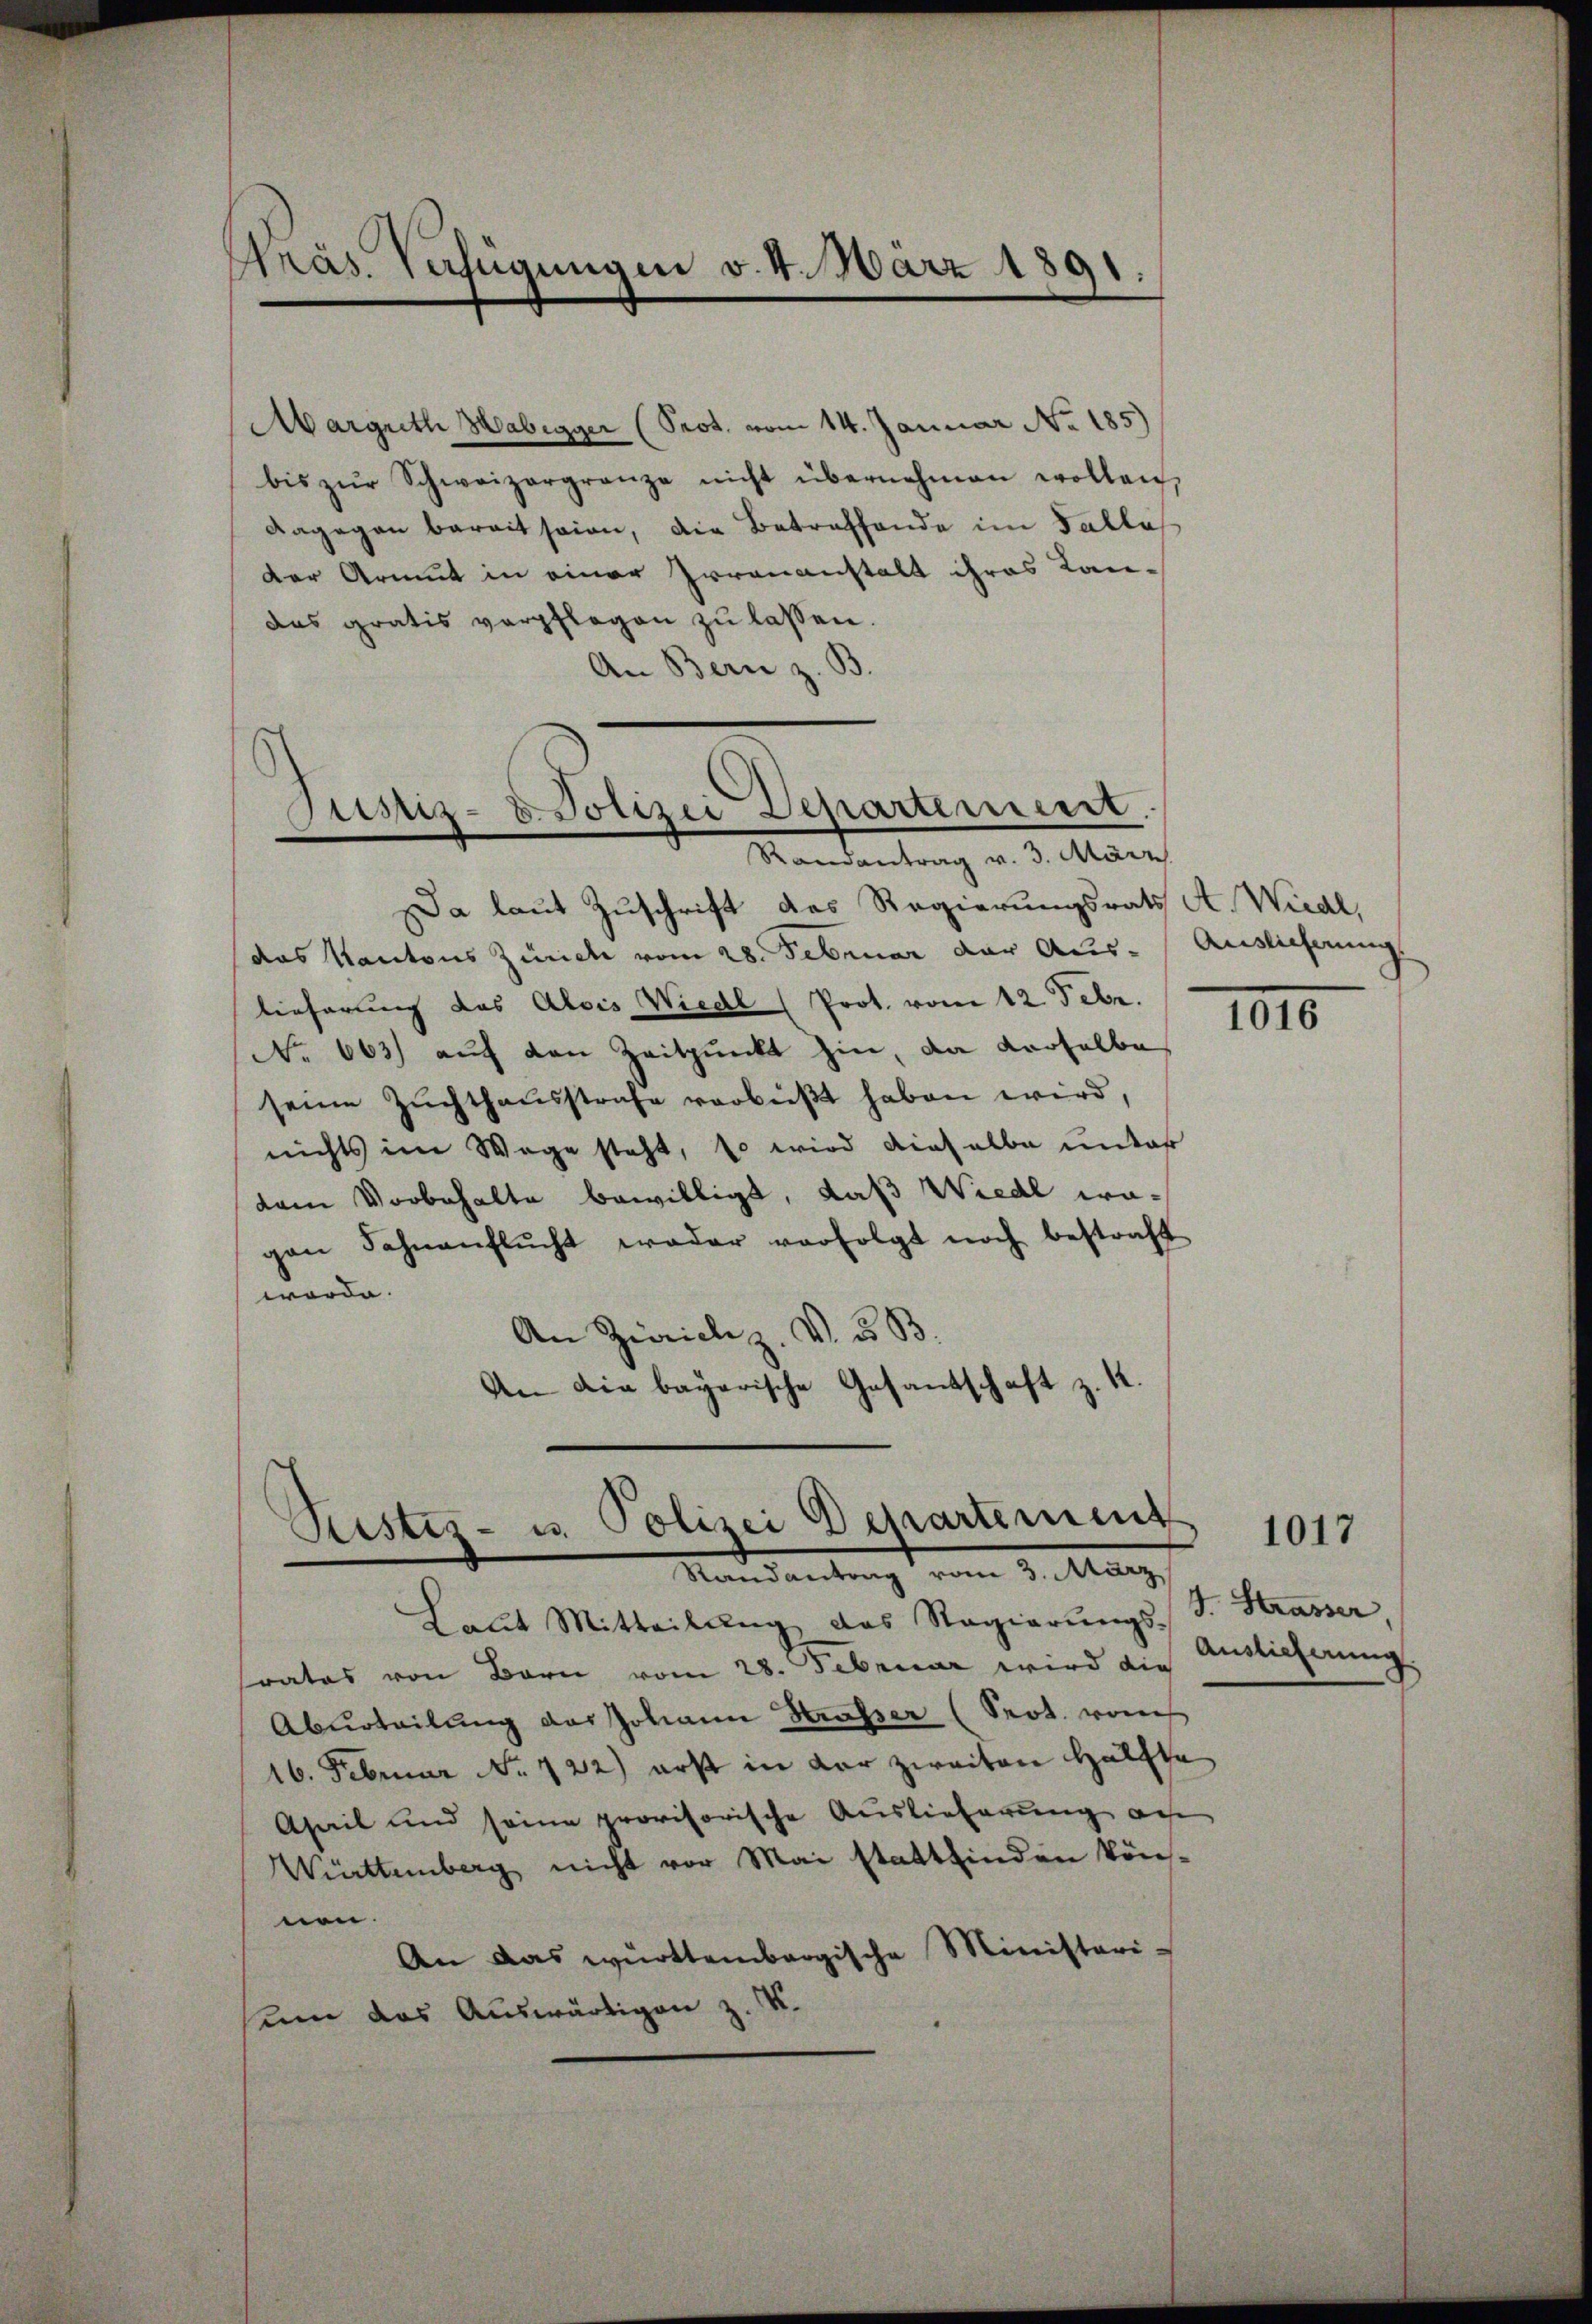
Präs. Verfügungen v. 4. März 1891.

Justiz- & Polizei Departement.

Marguth Habigger (Prot. vom 14. Januar No. 185)
bis zŭr Schweizergränze nicht übernehmen wollen,
Dagegen bereit sein, die Betreffende im Falles
der Armut in einer Irrenanstalt ihres Kan-
das gratis verpflegen zu lassen.
An Bern z. B.
Mandantrag v. d. Mann
a laut Zuschrift das Regierungsrath A. Wiedl,
das Kantons Zürich vom 28. Februar der Aus- Auslieferung
lieferung das Alois Wiedl (Prot. vom 12. Febr.
No 663) auf den Zeitpunkt hin, da derselbe
seine Zuchthausstrafe verbüßt haben wird,
nichts im Wege steht, so wird dieselbe unter
dam Vorbehalte bewilligt, daß Wiedl wagen Fahnenflŭcht weder verfolgt noch bestraft
worden.
An Zicrich z. V. u. B.
An die bayerische Gesantschaft z. K.

Pustes- u. Polizei Departement
Mandantung vom 9. Augu

Laŭt Mitteilŭng das Regierŭngs- S. Strasser,
srates von Bern vom 28. Februar wird die
Aburteilung des Johann Strasser (Seot. woch
16. Februar No. 122) erst in dar zweiten Hälfte
Aseil und seine provisorische Auslieferung auf
Wiettemberg nicht vor Mai stattfinden kön-
nen.
An das württembergische Ministeri-
seen das Auswärtigen z. K.

1016

Auslieferung

1017